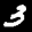
Label: 3